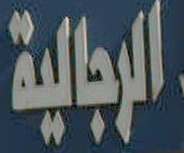
الرجالية